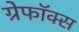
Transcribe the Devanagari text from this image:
ग्रेफॉक्स